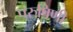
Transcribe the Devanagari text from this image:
परुषिणी